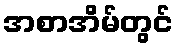
အစာအိမ်တွင်